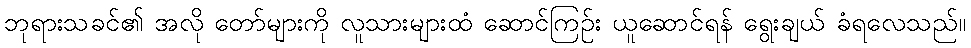
ဘုရားသခင်၏ အလို တော်များကို လူသားများထံ ဆောင်ကြဉ်း ယူဆောင်ရန် ရွေးချယ် ခံရလေသည်။